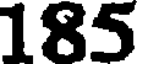
185